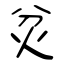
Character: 炃